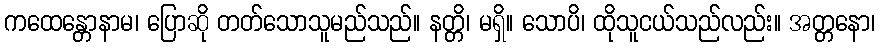
ကထေန္တောနာမ၊ ပြောဆို တတ်သောသူမည်သည်။ နတ္တိ၊ မရှိ။ သောပိ၊ ထိုသူငယ်သည်လည်း။ အတ္တနော၊